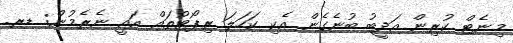
މިނެޓް ކުރިން އަދީބު ބުނެގެން އެކި ކަހަލަ ރިޕޯޓުތައް އައީ ނެރެމުން: ޑރ.